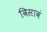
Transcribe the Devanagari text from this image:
विसावं